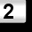
Digit: 2